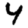
Digit: 4